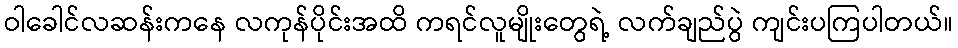
ဝါခေါင်လဆန်းကနေ လကုန်ပိုင်းအထိ ကရင်လူမျိုးတွေရဲ့ လက်ချည်ပွဲ ကျင်းပကြပါတယ်။